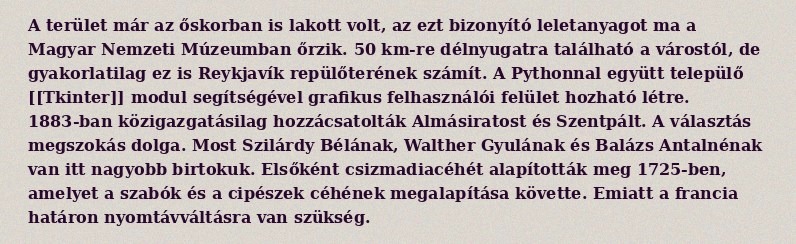
A terület már az őskorban is lakott volt, az ezt bizonyító leletanyagot ma a Magyar Nemzeti Múzeumban őrzik. 50 km-re délnyugatra található a várostól, de gyakorlatilag ez is Reykjavík repülőterének számít. A Pythonnal együtt települő [[Tkinter]] modul segítségével grafikus felhasználói felület hozható létre. 1883-ban közigazgatásilag hozzácsatolták Almásiratost és Szentpált. A választás megszokás dolga. Most Szilárdy Bélának, Walther Gyulának és Balázs Antalnénak van itt nagyobb birtokuk. Elsőként csizmadiacéhét alapították meg 1725-ben, amelyet a szabók és a cipészek céhének megalapítása követte. Emiatt a francia határon nyomtávváltásra van szükség.